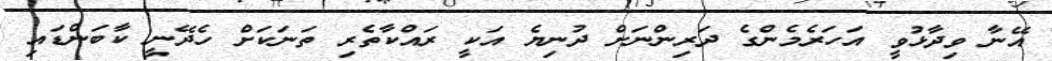
އޭނާ ވިދާޅުވީ އަހަރެމެންގެ ދަރިންނަށް ދުނިޔެ އަކީ ރައްކާތެރި ތަނަކަށް ހެދޭނީ ކާބަންޑައި